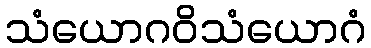
သံယောဂဝိသံယောဂံ